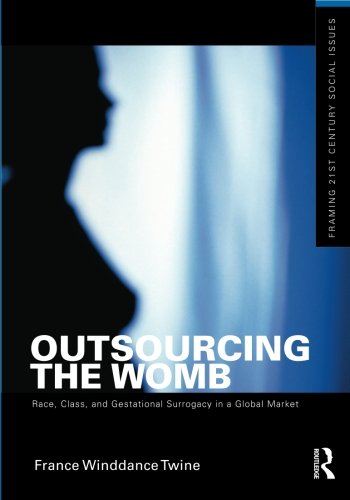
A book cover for Outsourcing the Womb: Race, Class and Gestational Surrogacy in a Global Market (Framing 21st Century Social Issues); France Winddance Twine; Business & Money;